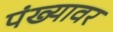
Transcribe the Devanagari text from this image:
पंख्यावर